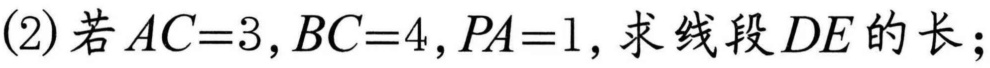
(2)若\(AC = 3,BC = 4,PA = 1\),求线段\(DE\)的长；